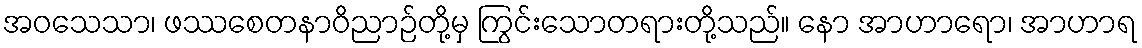
အဝသေသာ၊ ဖဿစေတနာဝိညာဉ်တို့မှ ကြွင်းသောတရားတို့သည်။ နော အာဟာရော၊ အာဟာရ